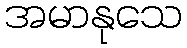
အမာနုသေ